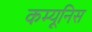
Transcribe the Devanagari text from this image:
कम्यूनिस